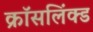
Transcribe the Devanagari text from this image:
क्रॉसलिंक्ड